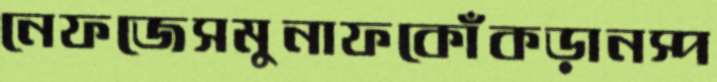
নেফজেসমুনাফকোঁকড়ানস্প